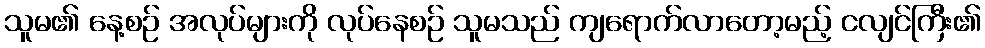
သူမ၏ နေ့စဉ် အလုပ်များကို လုပ်နေစဉ် သူမသည် ကျရောက်လာတော့မည့် ငလျင်ကြီး၏